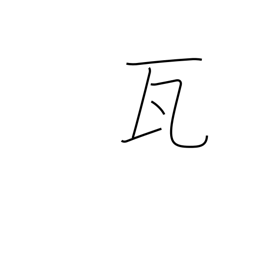
Meaning: gram